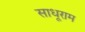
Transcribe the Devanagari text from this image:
साधूराम